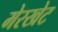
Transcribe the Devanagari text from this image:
मेरखेट